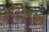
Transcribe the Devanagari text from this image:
ज्योतिषनेत्रों